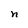
Character: n